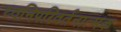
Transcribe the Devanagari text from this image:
ध्वनिपरिवर्तनात्मक